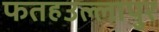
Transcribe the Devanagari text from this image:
फतहउल्लापुर